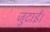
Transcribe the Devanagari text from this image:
जुटाईं।